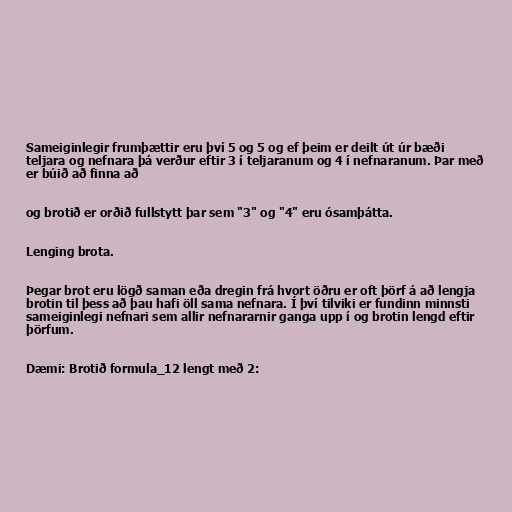
Sameiginlegir frumþættir eru því 5 og 5 og ef þeim er deilt út úr bæði
teljara og nefnara þá verður eftir 3 í teljaranum og 4 í nefnaranum. Þar með
er búið að finna að

og brotið er orðið fullstytt þar sem "3" og "4" eru ósamþátta.

Lenging brota.

Þegar brot eru lögð saman eða dregin frá hvort öðru er oft þörf á að lengja
brotin til þess að þau hafi öll sama nefnara. Í því tilviki er fundinn minnsti
sameiginlegi nefnari sem allir nefnararnir ganga upp í og brotin lengd eftir
þörfum.

Dæmi: Brotið formula_12 lengt með 2: